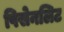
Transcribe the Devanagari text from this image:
पिसेनलिट